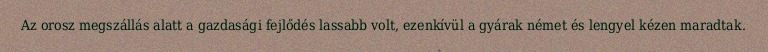
Az orosz megszállás alatt a gazdasági fejlődés lassabb volt, ezenkívül a gyárak német és lengyel kézen maradtak.